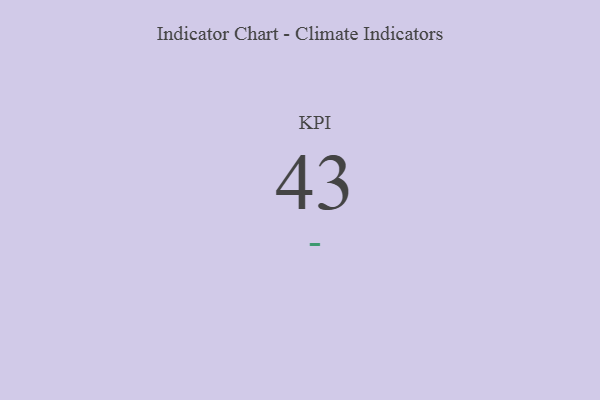
{"axis": {"x": "KPI", "y": "Value"}, "legend": [""], "data": [{"x": "KPI", "y": 43, "type": ""}]}